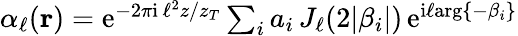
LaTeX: \begin{array}{r}{\alpha_{\ell}({\mathbf r})=\mathrm{e}^{-2\pi\mathrm{i}\, \ell^{2}z/z_{T}}\sum_{i}a_{i}\, J_{\ell}(2|\beta_{i}|)\, \mathrm{e}^{\mathrm{i}\ell\mathrm{arg}\{ -\beta_{i}\} }}\end{array}